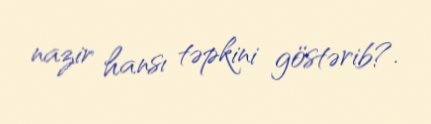
nazir hansı təpkini göstərib?.